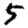
Digit: 5